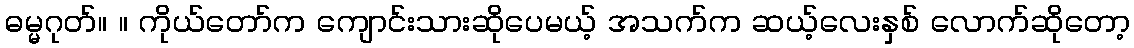
ဓမ္မဂုတ်။ ။ ကိုယ်တော်က ကျောင်းသားဆိုပေမယ့် အသက်က ဆယ့်လေးနှစ် လောက်ဆိုတော့